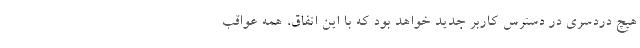
هیچ دردسری در دسترس کاربر جدید خواهد بود که با این اتفاق، همه عواقب